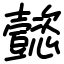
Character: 懿